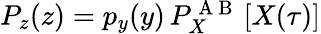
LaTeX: \begin{array}{r}{P_{z}(z)=p_{y}(y)\, P_{X}^{\mathrm{~A~B~}}\left[X(\tau)\right]}\end{array}